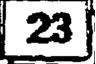
23